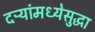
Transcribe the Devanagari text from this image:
दऱ्यांमध्येसुद्धा